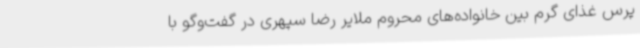
پرس غذای گرم بین خانواده‌های محروم ملایر رضا سپهری در گفت‌وگو با